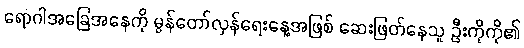
ရောဂါအခြေအနေကို မွန်တော်လှန်ရေးနေ့အဖြစ် ဆေးဖြတ်နေသူ ဦးကိုကို၏